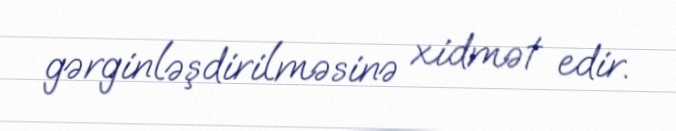
gərginləşdirilməsinə xidmət edir.